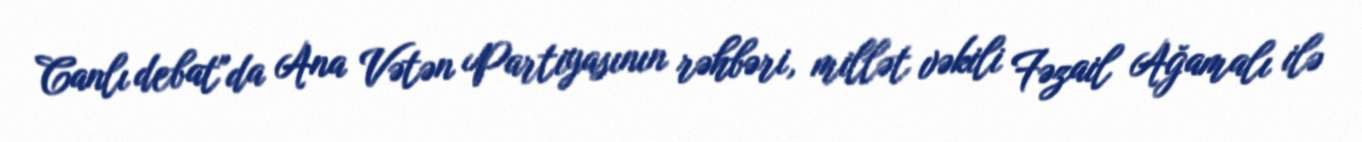
Canlı debat"da Ana Vətən Partiyasının rəhbəri, millət vəkili Fəzail Ağamalı ilə